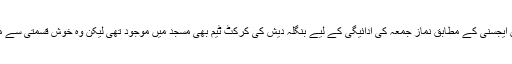
عالمی خبررساں ایجسنی کے مطابق نماز جمعہ کی ادائیگی کے لیے بنگلہ دیش کی کرکٹ ٹیم بھی مسجد میں موجود تھی لیکن وہ خوش قسمتی سے محفوظ رہی ہے۔